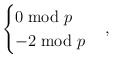
\begin{align*} \begin{cases} 0 \bmod p \\ -2 \bmod p \end{cases}, \end{align*}